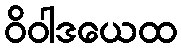
ဝိဝါဒယေထ